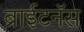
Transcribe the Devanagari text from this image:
ब्राईटनॅस